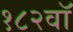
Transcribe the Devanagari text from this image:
१८२वॉ